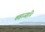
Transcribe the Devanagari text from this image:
शहाजहाँने